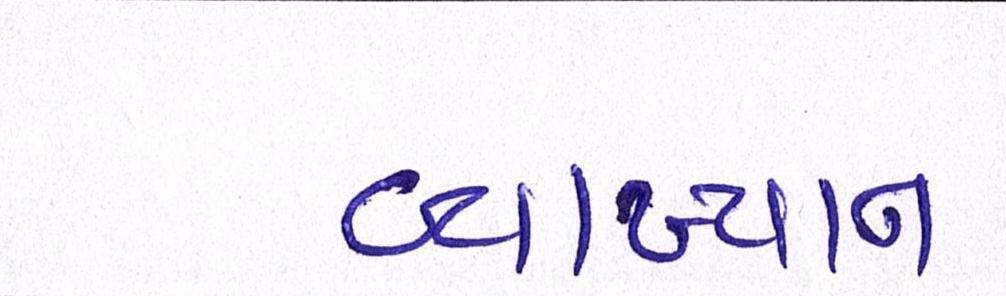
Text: વ્યાખ્યાન